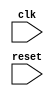
module multi_iterator_loop (
    input wire clk,
    input wire reset
);

reg [3:0] iterator1;
reg [5:0] iterator2;

always @ (posedge clk or posedge reset) begin
    if (reset) begin
        iterator1 <= 0;
        iterator2 <= 0;
    end else begin
        if (iterator1 == 7) begin
            iterator1 <= 0;
            if (iterator2 == 31) begin
                iterator2 <= 0;
            end else begin
                iterator2 <= iterator2 + 1;
            end
        end else begin
            iterator1 <= iterator1 + 1;
        end
    end
end

// Define your set of instructions or actions here

endmodule